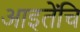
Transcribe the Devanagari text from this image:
आइतेंचि